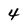
Character: 4